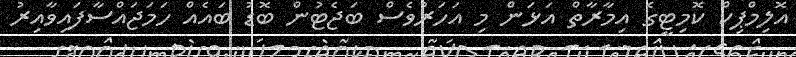
އޮލިމްޕިކް ކޮމިޓީގެ އިމާރާތް އަޅަން މި އަހަރުވެސް ބަޖެޓުން ބޮޑު ބައެއް ހަމަޖައްސާފައިވާއިރު